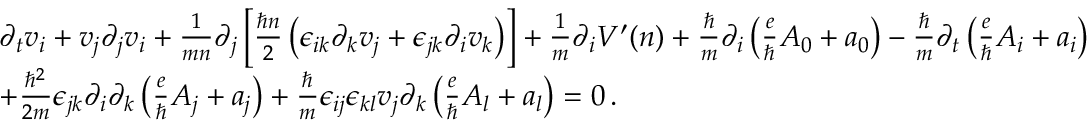
\begin{array} { r l } & { \partial _ { t } v _ { i } + v _ { j } \partial _ { j } v _ { i } + \frac { 1 } { m n } \partial _ { j } \left[ \frac { \hbar n } { 2 } \left( \epsilon _ { i k } \partial _ { k } v _ { j } + \epsilon _ { j k } \partial _ { i } v _ { k } \right) \right] + \frac { 1 } { m } \partial _ { i } V ^ { \prime } ( n ) + \frac { \hbar } { m } \partial _ { i } \left( \frac { e } { \hbar } A _ { 0 } + a _ { 0 } \right) - \frac { \hbar } { m } \partial _ { t } \left( \frac { e } { \hbar } A _ { i } + a _ { i } \right) } \\ & { + \frac { \hbar ^ { 2 } } { 2 m } \epsilon _ { j k } \partial _ { i } \partial _ { k } \left( \frac { e } { \hbar } A _ { j } + a _ { j } \right) + \frac { \hbar } { m } \epsilon _ { i j } \epsilon _ { k l } v _ { j } \partial _ { k } \left( \frac { e } { \hbar } A _ { l } + a _ { l } \right) = 0 \, . } \end{array}